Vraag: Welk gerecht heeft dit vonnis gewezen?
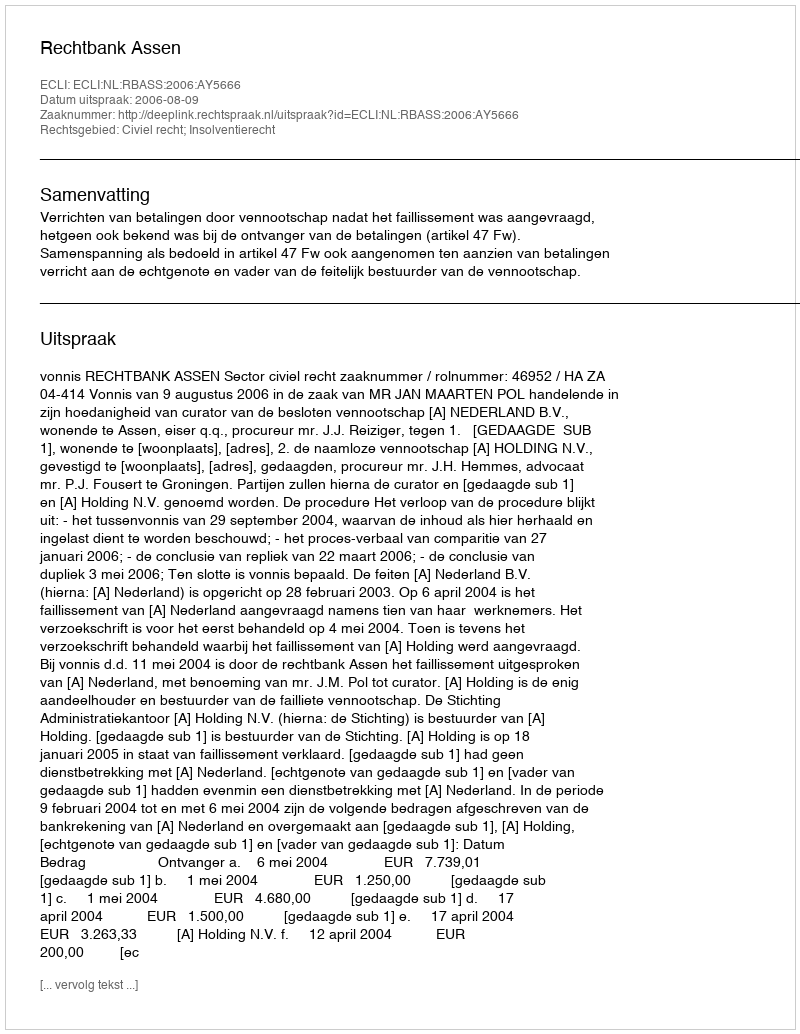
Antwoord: Rechtbank Assen